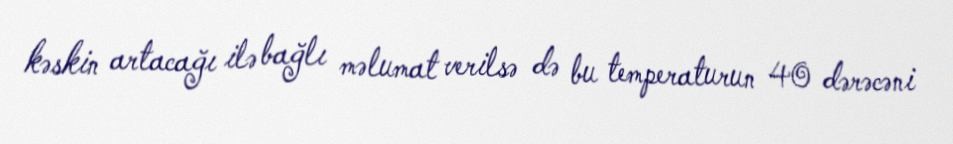
kəskin artacağı ilə bağlı məlumat verilsə də bu temperaturun 40 dərəcəni